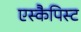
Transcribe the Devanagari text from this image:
एस्कैपिस्ट